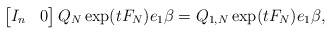
\begin{align*} \begin{bmatrix} I_n & 0\end{bmatrix} Q_N \exp( t F_N) e_1 \beta = Q_{1,N} \exp( t F_N) e_1 \beta,\end{align*}